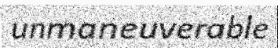
unmaneuverable